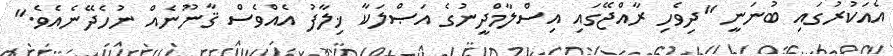
އެއަކުރުގައި ބުނަނީ "ދިވެހި ރާއްޖޭގައި އިސްލާމްދީނުގެ އަޞްލަކާ ޚިލާފު އެއްވެސް ޤާނޫނެއް ނުހެދޭނެއެވެ."